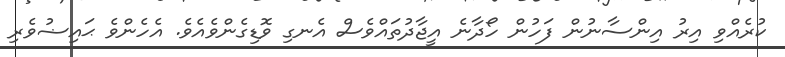
ކުރެއްވި އިރު އިންސާނުން ފަހުން ހޯދާނެ އީޖާދުތައްވެސް އެނގި ވޮޑިގެންވެއެވެ. އެހެންވެ ޙައިޟުވެރި